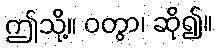
ဤသို့။ ဝတွာ၊ ဆို၍။